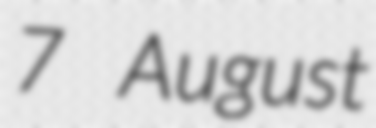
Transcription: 7 August